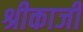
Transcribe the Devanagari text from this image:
श्रीकाजी